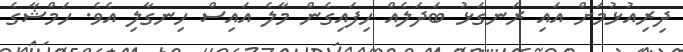
ދިރިއުޅުމަށް އައި ރަނގަޅު ބަދަލެއް ހިފައިގެން މާލެ އައިސް ހިނގާލި އެވެ. ހަމްޝާގެ